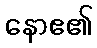
နောဧ၏